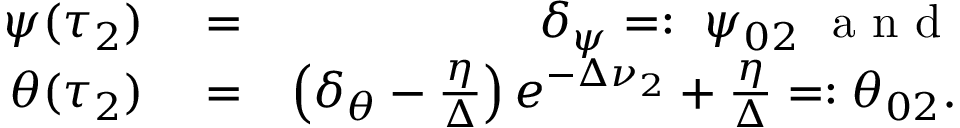
\begin{array} { r l r } { \psi ( \tau _ { 2 } ) } & { { } = } & { \delta _ { \psi } = : \ \psi _ { 0 2 } \mathrm { ~ \normalsize ~ a ~ n ~ d ~ } } \\ { \theta ( \tau _ { 2 } ) } & { { } = } & { \left( \delta _ { \theta } - \frac { \eta } { \Delta } \right) e ^ { - \Delta \nu _ { 2 } } + \frac { \eta } { \Delta } = : \theta _ { 0 2 } . } \end{array}